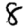
Digit: 8